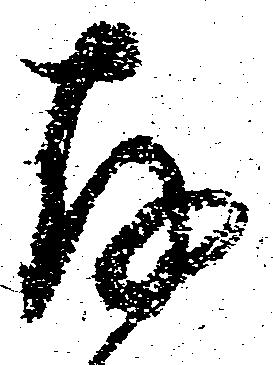
存